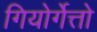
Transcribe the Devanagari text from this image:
गियोर्गेत्तो